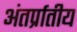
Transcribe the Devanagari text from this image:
अंतर्प्रातीय